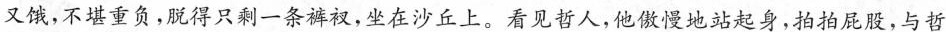
又饿，不堪重负，脱得只剩一条裤衩，坐在沙丘上。看见哲人，他傲慢地站起身，拍拍屁股，与哲